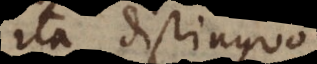
ita distinguo.